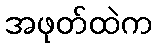
အဖုတ်ထဲက